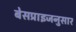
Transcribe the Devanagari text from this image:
बेसप्राइजनुसार